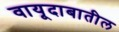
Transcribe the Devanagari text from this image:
वायूदाबातील